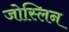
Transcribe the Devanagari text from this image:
जोस्लिन